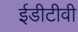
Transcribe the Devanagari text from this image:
ईडीटीवी